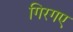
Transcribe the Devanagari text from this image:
गिरगए